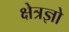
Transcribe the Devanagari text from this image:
क्षेत्रज्ञो